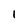
Character: I